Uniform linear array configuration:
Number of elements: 8
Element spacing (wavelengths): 0.25
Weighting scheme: uniform
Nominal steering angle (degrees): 60
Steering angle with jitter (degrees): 58.243
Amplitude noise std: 0.05
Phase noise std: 0.05

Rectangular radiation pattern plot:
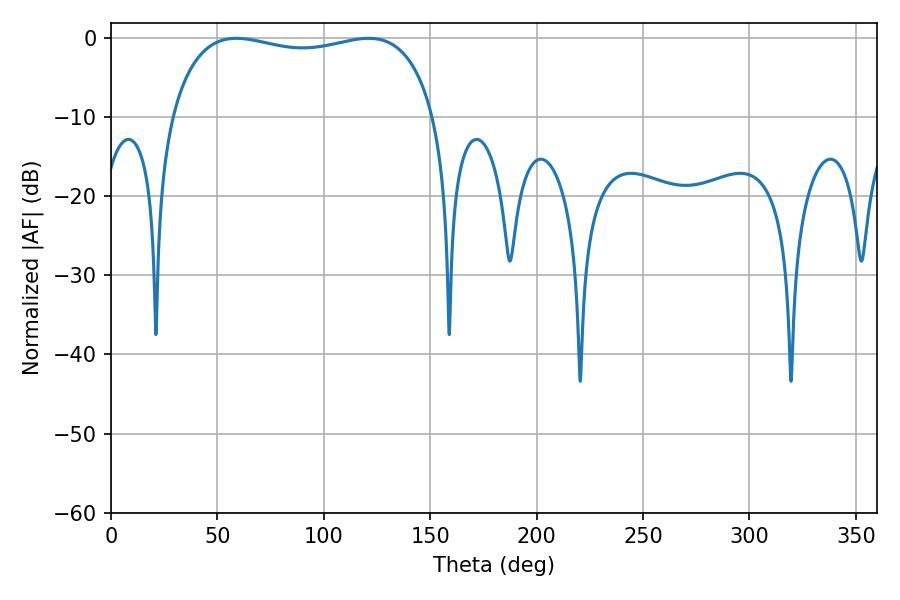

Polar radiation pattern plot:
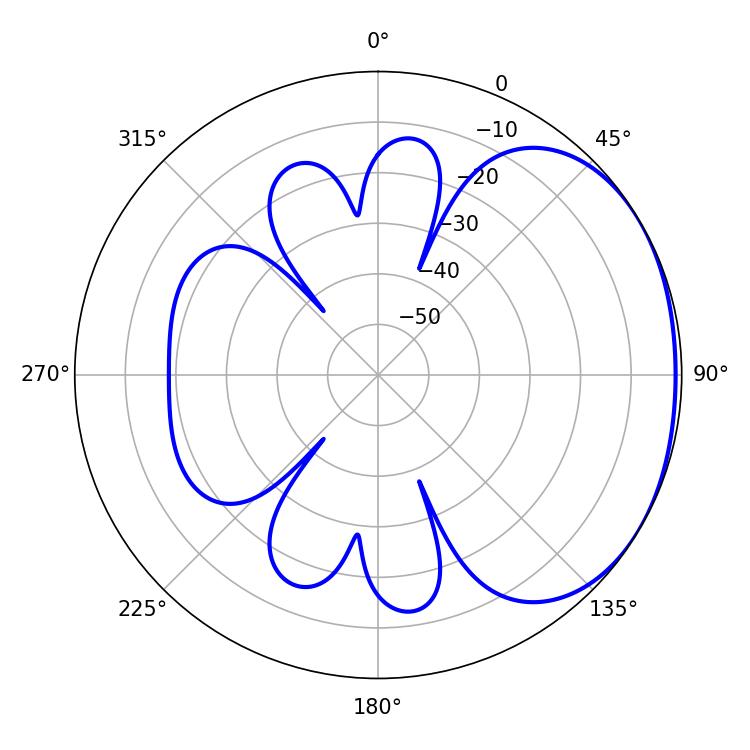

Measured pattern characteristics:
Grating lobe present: FALSE
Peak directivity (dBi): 1.666
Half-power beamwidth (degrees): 101.16
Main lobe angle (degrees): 58.86